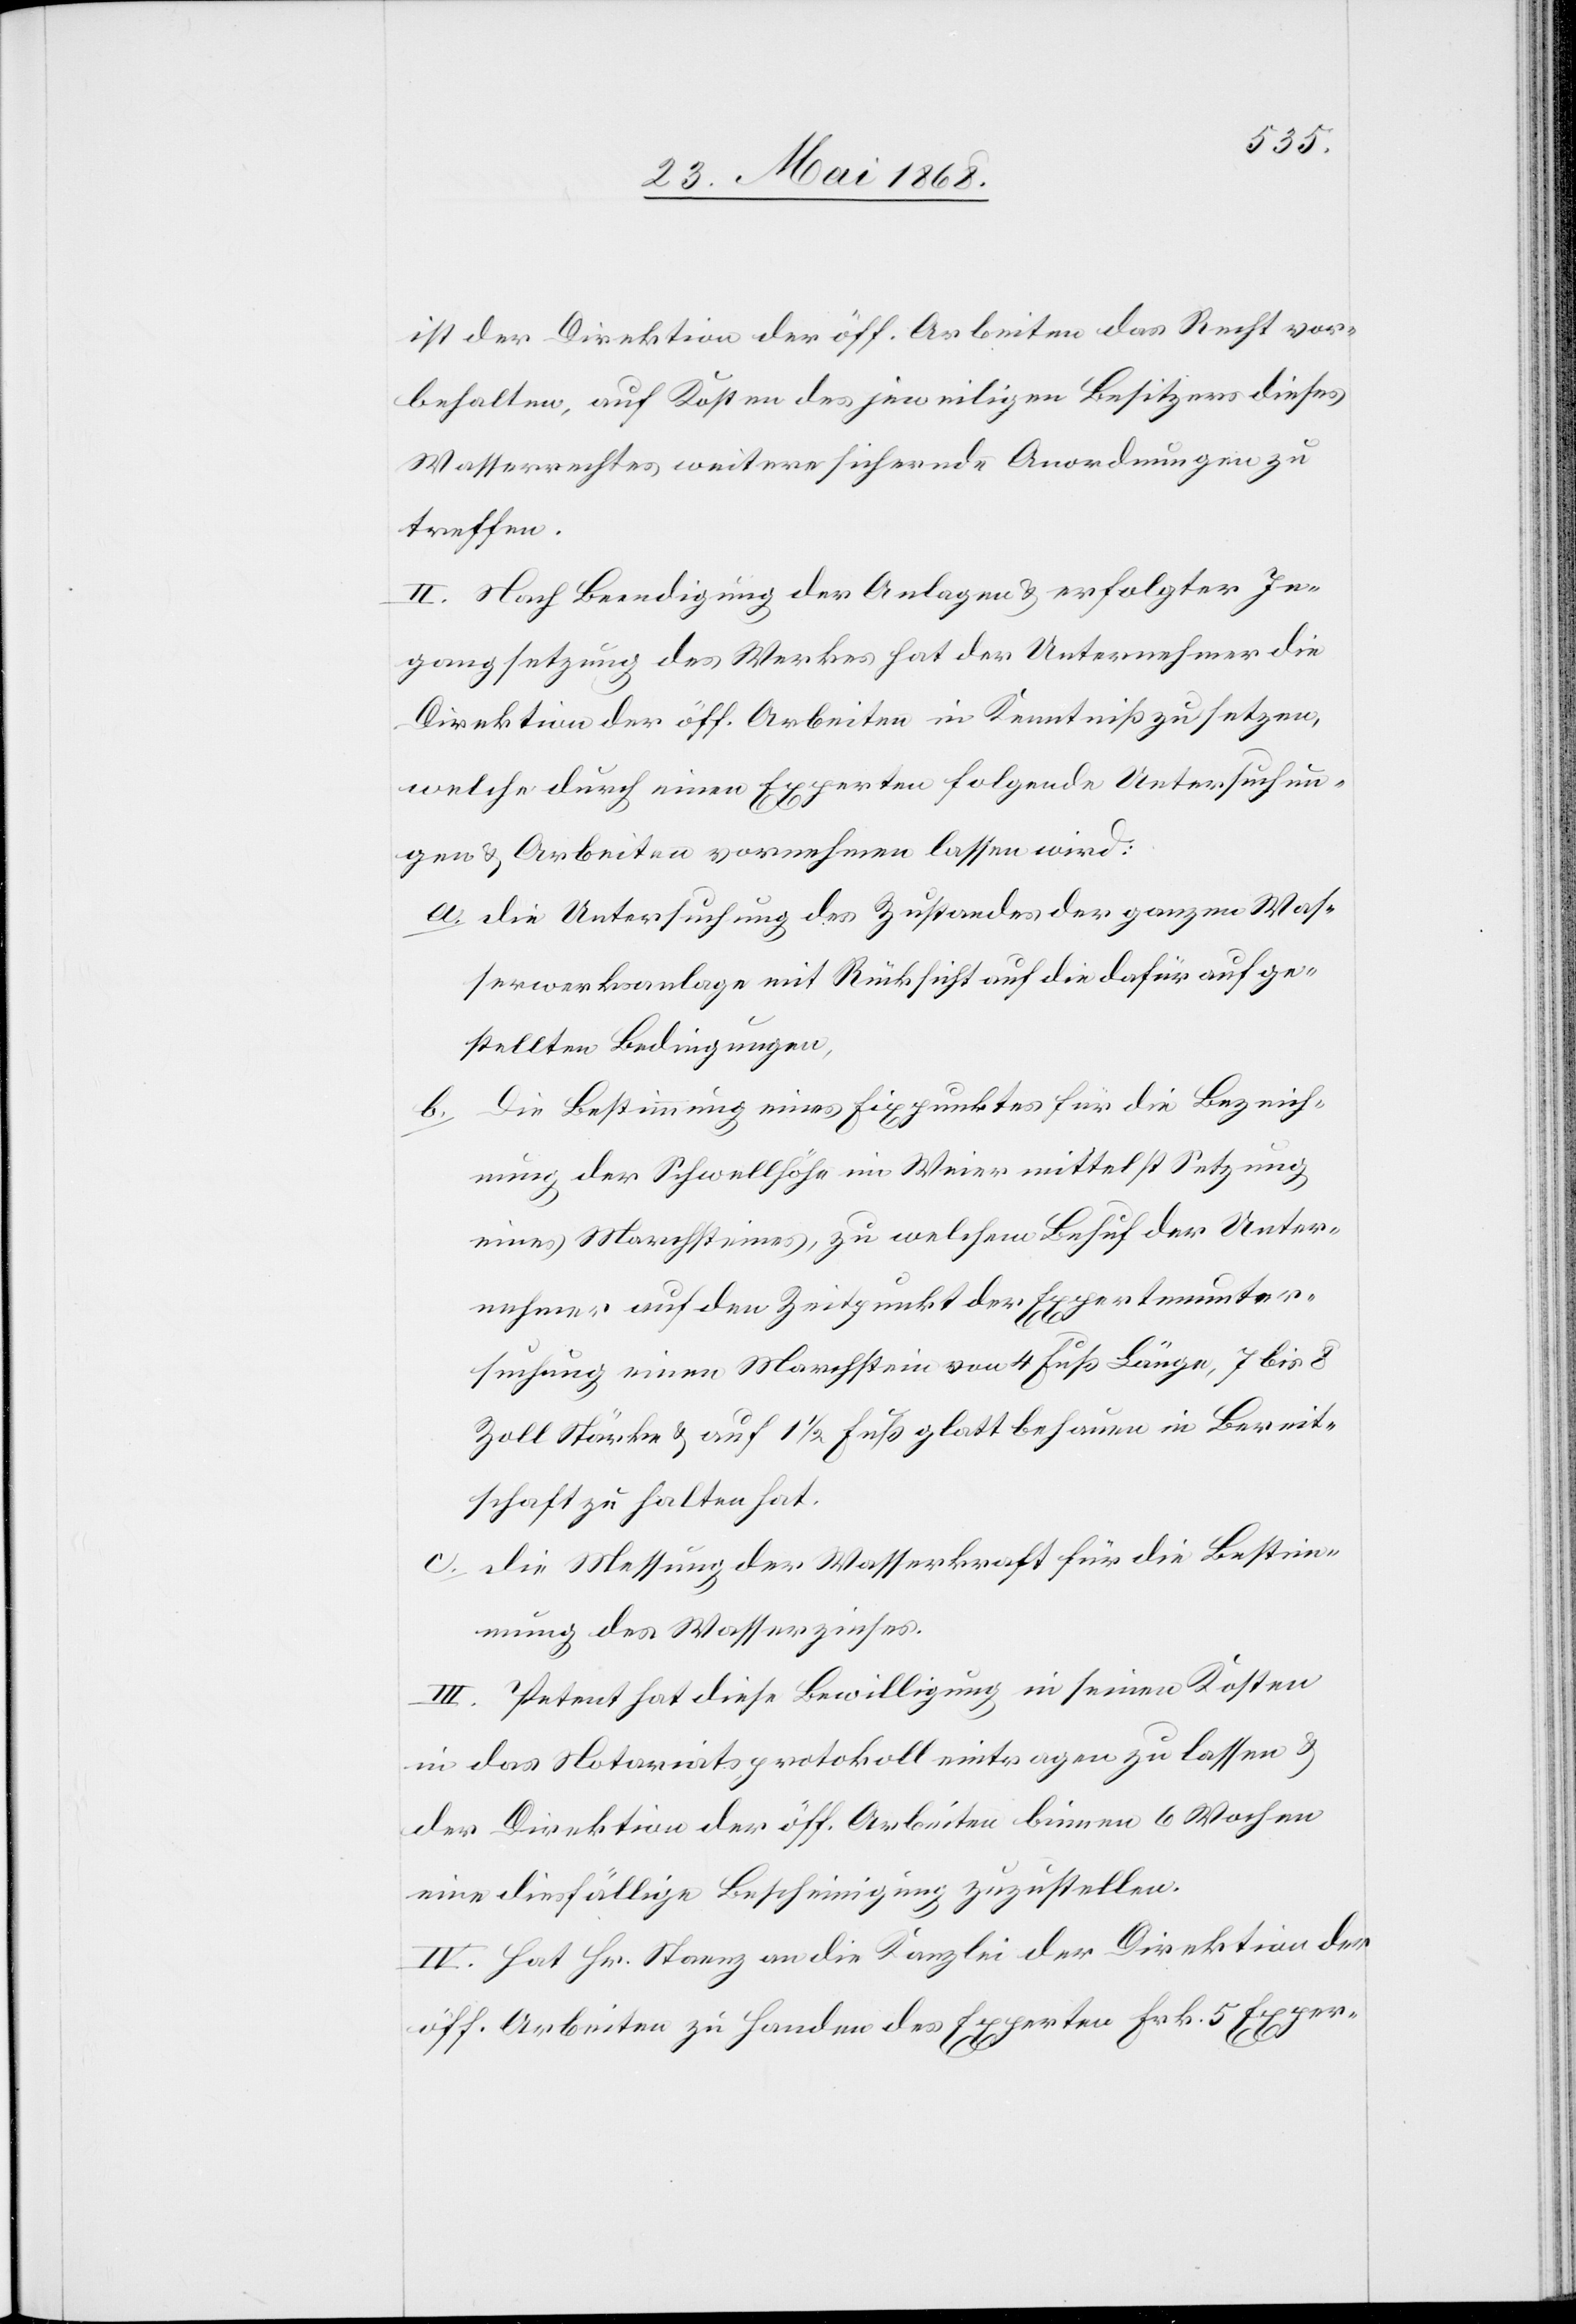
ist der Direktion der öff. Arbeiten das Recht vor¬
behalten, auf Kosten des jeweiligen Besitzers dieses
Wasserrechtes weitere sichernde Anordnungen zu
treffen.
II. Nach Beendigung der Anlagen & erfolgter In¬
gangsetzung des Werkes hat der Unternehmer die
Direktion der öff. Arbeiten in Kenntniß zu setzen,
welche durch einen Experten folgende Untersuchun¬
gen & Arbeiten vornehmen lassen wird:
die Untersuchung des Zustandes der ganzen Was¬
serwerksanlage mit Rücksicht auf die dafür aufge¬
stellten Bedingungen,
die Bestimmung eines Fixpunktes für die Bezeich¬
b.
nung der Schwellhöhe im Weier mittelst Setzung
eines Marchsteines, zu welchem Behuf der Unter¬
nehmer auf den Zeitpunkt der Expertenunter¬
suchung einen Marchstein von 4 Fuß Länge, 7 bis 8
Zoll Stärke & auf 1 1/2 Fuß glatt behauen in Bereit¬
schaft zu halten hat.
die Messung der Wasserkraft für die Bestim¬
mung des Wasserzinses.
III. Petent hat diese Bewilligung in seinen Kosten
in das Notariatsprotokoll eintragen zu lassen &
der Direktion der öff. Arbeiten binnen 6 Wochen
eine diesfällige Bescheinigung zuzustellen.
IV. Hat Hr. Staenz an die Kanzlei der Direktion der
öff. Arbeiten zu Handen des Experten Frk. 5 Exper-